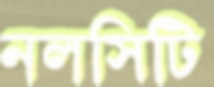
নলসিটি